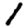
Digit: 1